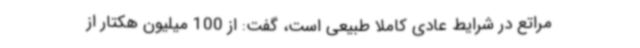
مراتع در شرایط عادی کاملا طبیعی است، گفت: از 100 میلیون هکتار از